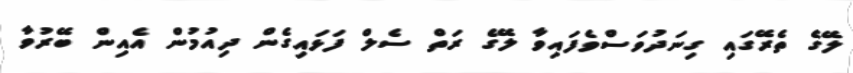
ލޭގެ ތެރޭގައި ގިނަދުވަސްވެފައިވާ ލޭގެ ރަތް ސެލް ފަޅައިގެން ދިއުމުން އެއިން ބޭރުވާ